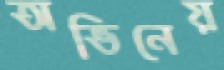
অভিনেয়